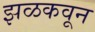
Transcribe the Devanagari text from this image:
झळकवून